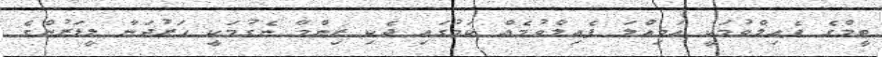
ޓީމްގެ ފެއިލްވުމަކީ އަމިއްލަ ފެއިލްވުމެއް ކަމުގައި ދެކި ޒިންމާ ނެގުމަކީ ހަރުދަނާ ލީޑަރުންގެ